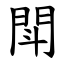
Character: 閗